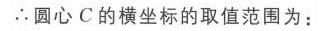
\(\therefore\)圆心\(C\)的横坐标的取值范围为：